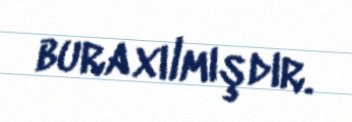
buraxılmışdır.